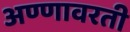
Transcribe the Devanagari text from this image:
अण्णावरती